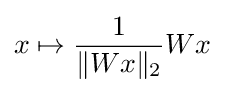
x\mapsto {\frac {1}{\|Wx\|_{2}}}Wx